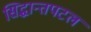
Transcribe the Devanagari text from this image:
सिद्धान्तपटल